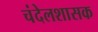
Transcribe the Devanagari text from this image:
चंदेलशासक